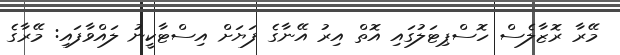
މޭރާ ރޮޒާލެސް ހޮސްޕިޓަލުގައި އޮތް އިރު އޭނާގެ ފަޔަށް އިސްޓާކީނު ލައްވާފައި: މޭރާގެ